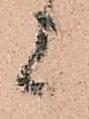
上